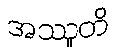
အဿူတိ